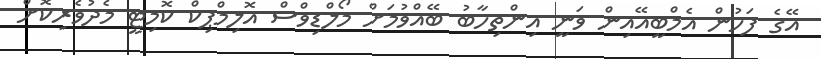
އޭގެ ފަހުން އެމްބީއޭއިން ވަނީ އިންތިހާބު ބޭއްވުމަށް މޯލްޑިވްސް އޮލިމްޕިކް ކޮމިޓީ މެދުވެރިކޮށް